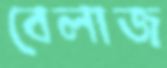
বেলাজ